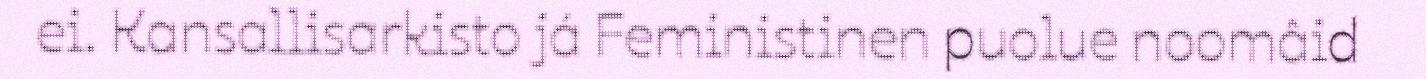
ei. Kansallisarkisto já Feministinen puolue noomâid